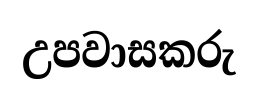
උපවාසකරු